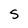
Character: S